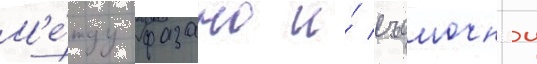
М'е́жду фазано и́ съемочнои